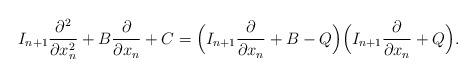
LaTeX: \begin{align*} I_{n+1}\frac{\partial^2 }{\partial x_n^2} + B \frac{\partial }{\partial x_n} + C = \Bigl(I_{n+1}\frac{\partial }{\partial x_n} + B - Q\Bigr)\Bigl(I_{n+1}\frac{\partial }{\partial x_n} + Q\Bigr). \end{align*}